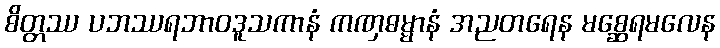
စိတ္တဿ ပဘဿရဘာဝဒူသကာနံ ကဏှဓမ္မာနံ အညတရေန မစ္ဆေရမလေန